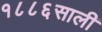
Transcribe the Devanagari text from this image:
१८८६साली